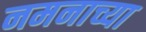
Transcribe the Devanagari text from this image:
नमनाच्या